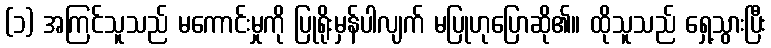
(၁) အကြင်သူသည် မကောင်းမှုကို ပြုရိုးမှန်ပါလျက် မပြုဟုပြောဆို၏။ ထိုသူသည် ရှေ့သွားပြီး